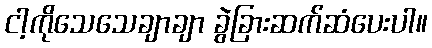
ငါ့ကိုသေသေချာချာ ခွဲခြားဆက်ဆံပေးပါ။